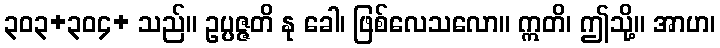
၃၀၃+၃၀၄+ သည်။ ဥပ္ပဇ္ဇတိ နု ခေါ၊ ဖြစ်လေသလော။ ဣတိ၊ ဤသို့။ အာဟ၊